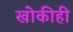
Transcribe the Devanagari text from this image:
खोकीही